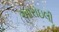
આરાઇલી